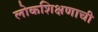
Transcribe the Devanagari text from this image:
लोकशिक्षणाची